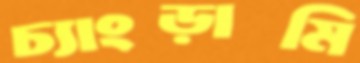
চ্যাংড়ামি